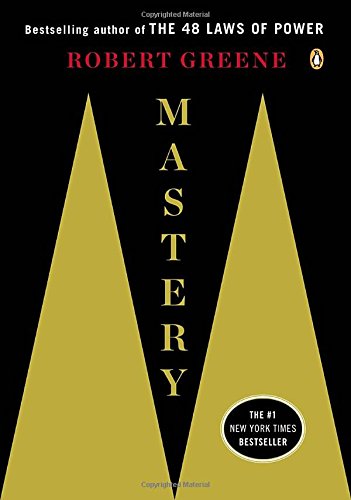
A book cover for Mastery; Robert Greene; Self-Help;